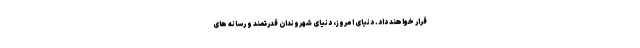
قرار خواهند داد. دنیای امروز، دنیای شهروندان قدرتمند و رسانه های